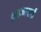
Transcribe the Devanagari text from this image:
तुळजाबाई